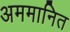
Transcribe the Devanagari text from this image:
अममानित